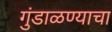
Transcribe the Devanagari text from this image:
गुंडाळण्याचा